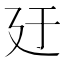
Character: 𪪬